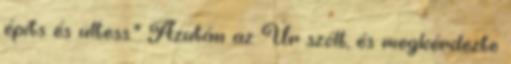
építs és ültess.” Azután az Úr szólt, és megkérdezte